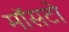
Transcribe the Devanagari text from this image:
मॉसटो